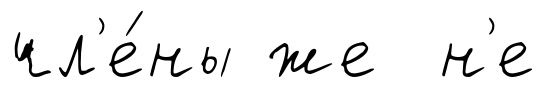
чл'е́ны же н'е